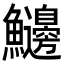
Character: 𩽲